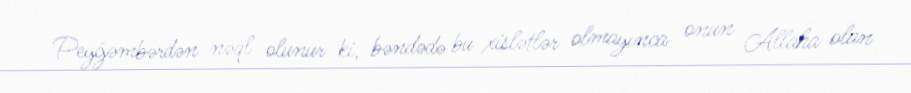
Peyğəmbərdən nəql olunur ki, bəndədə bu xislətlər olmayınca onun Allaha olan